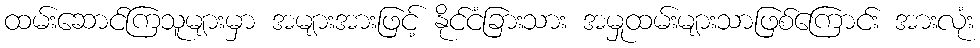
ထမ်းဆောင်ကြသူများမှာ အများအားဖြင့် နိုင်ငံခြားသား အမှုထမ်းများသာဖြစ်ကြောင်း အားလုံး